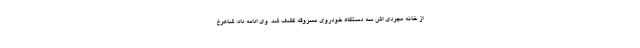
از خانه مجردی اش سه دستگاه خودروی مسروقه کشف شد. وی ادامه داد: شاهرخ